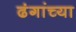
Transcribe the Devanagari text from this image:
ढंगांच्या